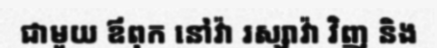
ជាមួយ ឪពុក នៅវ៉ា រស្សាវ៉ា វិញ និង